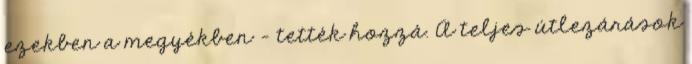
ezekben a megyékben - tették hozzá. A teljes útlezárások